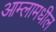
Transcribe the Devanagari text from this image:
आम्लामधील